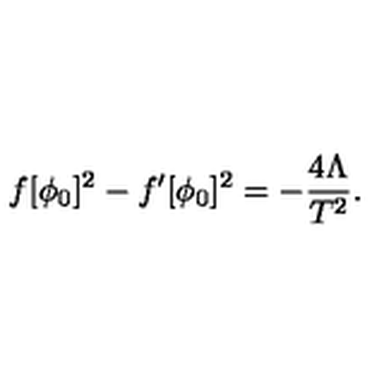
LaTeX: f [ \phi _ { 0 } ] ^ { 2 } - f ^ { \prime } [ \phi _ { 0 } ] ^ { 2 } = - \frac { 4 \Lambda } { T ^ { 2 } } .